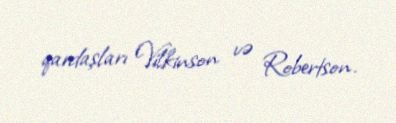
qardaşları Vilkinson və Robertson.